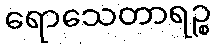
ရောသေတာရဉ္စ